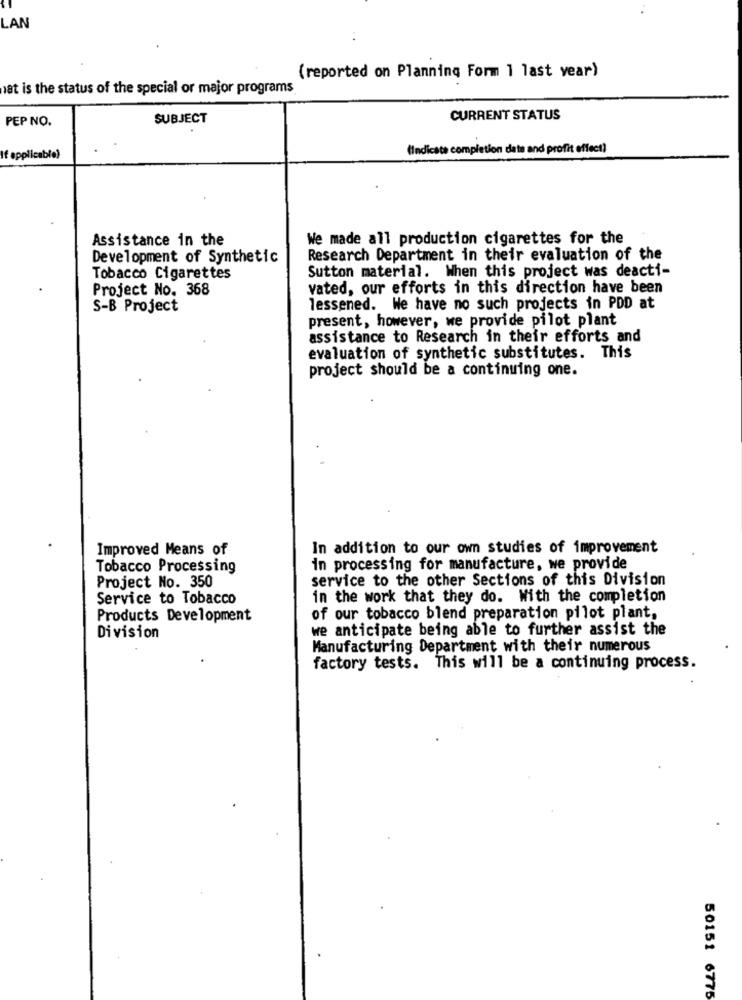
LAN
. .
(reported on Planning Form 1 last year)
at is the status of the special or major programs
PEP NO.
SUBJECT
CURRENT STATUS
(Indicate completion data and profit effect)
If applicable)
Assistance in the
We made all production cigarettes for the
Development of Synthetic
Research Department in their evaluation of the
Sutton material. When this project was deacti-
Tobacco Cigarettes
Project No. 368
vated, our efforts in this direction have been
S-B Project
lessened. We have no such projects in PDD at
present, however, we provide pilot plant
assistance to Research in their efforts and
evaluation of synthetic substitutes. This
project should be a continuing one.
Improved Means of
In addition to our own studies of improvement
Tobacco Processing
in processing for manufacture, we provide
Project No. 350
service to the other Sections of this Division
Service to Tobacco
in the work that they do. With the completion
Products Development
of our tobacco blend preparation pilot plant,
we anticipate being able to further assist the
Division
Manufacturing Department with their numerous
factory tests. This will be a continuing process.
50151 6775